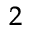
_ 2